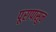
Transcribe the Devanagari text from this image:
पूरापासुन